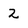
Character: 2